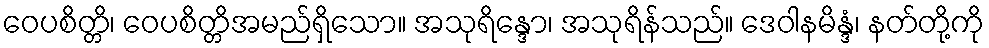
ဝေပစိတ္တိ၊ ဝေပစိတ္တိအမည်ရှိသော။ အသုရိန္ဒော၊ အသုရိန်သည်။ ဒေဝါနမိန္ဒံ၊ နတ်တို့ကို